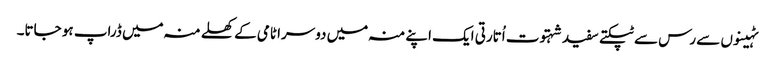
ٹہینوں سے رس سے ٹپکتے سفید شہتوت اُتارتی ایک اپنے منہ میں دوسرا ٹامی کے کھلے منہ میں ڈراپ ہو جاتا۔